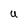
Character: U